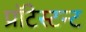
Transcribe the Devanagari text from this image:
प्रॉटेस्टन्ट